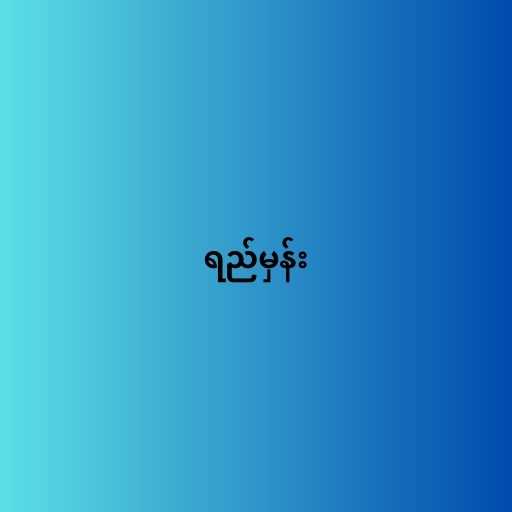
ရည်မှန်း